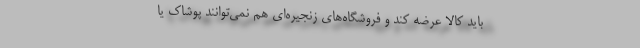
باید کالا عرضه کند و فروشگاه‌های زنجیره‌ای هم نمی‌توانند پوشاک یا